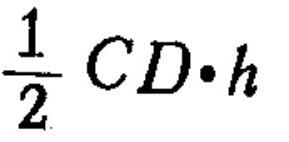
\(\frac{1}{2}CD\cdot h\)